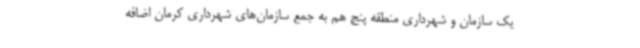
یک سازمان و شهرداری منطقه پنج هم به جمع سازمان‌های شهرداری کرمان اضافه